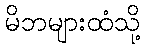
မိဘများထံသို့